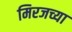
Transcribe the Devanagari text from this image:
मिरजच्या